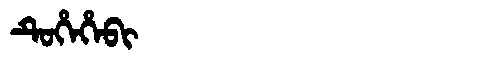
Manchu: ᡨᡠᡥᡝᡥᡝᠪᡳ
Romanization: TUHEHEBI